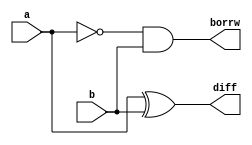
`timescale 1ns / 1ps
//////////////////////////////////////////////////////////////////////////////////
// Company: 
// Engineer: 
// 
// Design Name: 
// Module Name: HS_bhav
// Project Name: 
// Target Devices: 
// Tool Versions: 
// Description: 
// 
// Dependencies: 
// 
// Revision:
// Revision 0.01 - File Created
// Additional Comments:
// 
//////////////////////////////////////////////////////////////////////////////////


module HS_bhav(a,b,diff,borrw);
input a,b;
output diff,borrw;
reg diff,borrw;

always@(a or b)
begin
diff = a^b;
borrw = (~a) & b;
end

endmodule